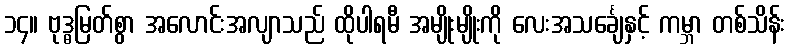
၁၄။ ဗုဒ္ဓမြတ်စွာ အလောင်းအလျာသည် ထိုပါရမီ အမျိုးမျိုးကို လေးအသင်္ချေနှင့် ကမ္ဘာ တစ်သိန်း